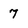
Character: 7